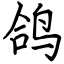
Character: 鸽